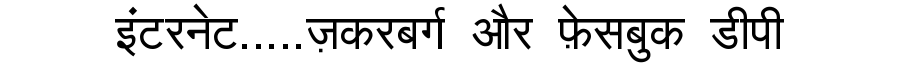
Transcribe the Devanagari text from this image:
इंटरनेट.....ज़करबर्ग और फ़ेसबुक डीपी